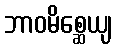
ဘာဝမိစ္ဆေယျ